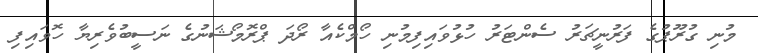
މުނި ގުރޫޕުގެ ފަރުނީޗަރު ސެންޓަރު ހުޅުވައިފިމުނި ހޯމްކެއާ ރޯދަ ޕްރޮމޯޝަނުގެ ނަސީބުވެރިޔާ ހޮވައިފި